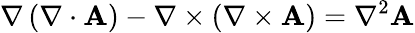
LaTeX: \nabla\left(\nabla\cdot\mathbf{A}\right)-\nabla\times\left(\nabla\times\mathbf{A}\right)=\nabla^{2}\mathbf{A}